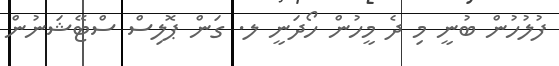
ފުލުހުން ބުނީ މި ދެ މީހުން ހޯދަނީ ލ. ގަން ޕޮލިސް ސްޓޭޝަނުން